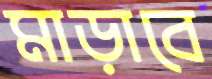
মাড়াবে